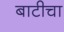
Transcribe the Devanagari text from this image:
बाटीचा